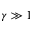
\gamma \gg 1